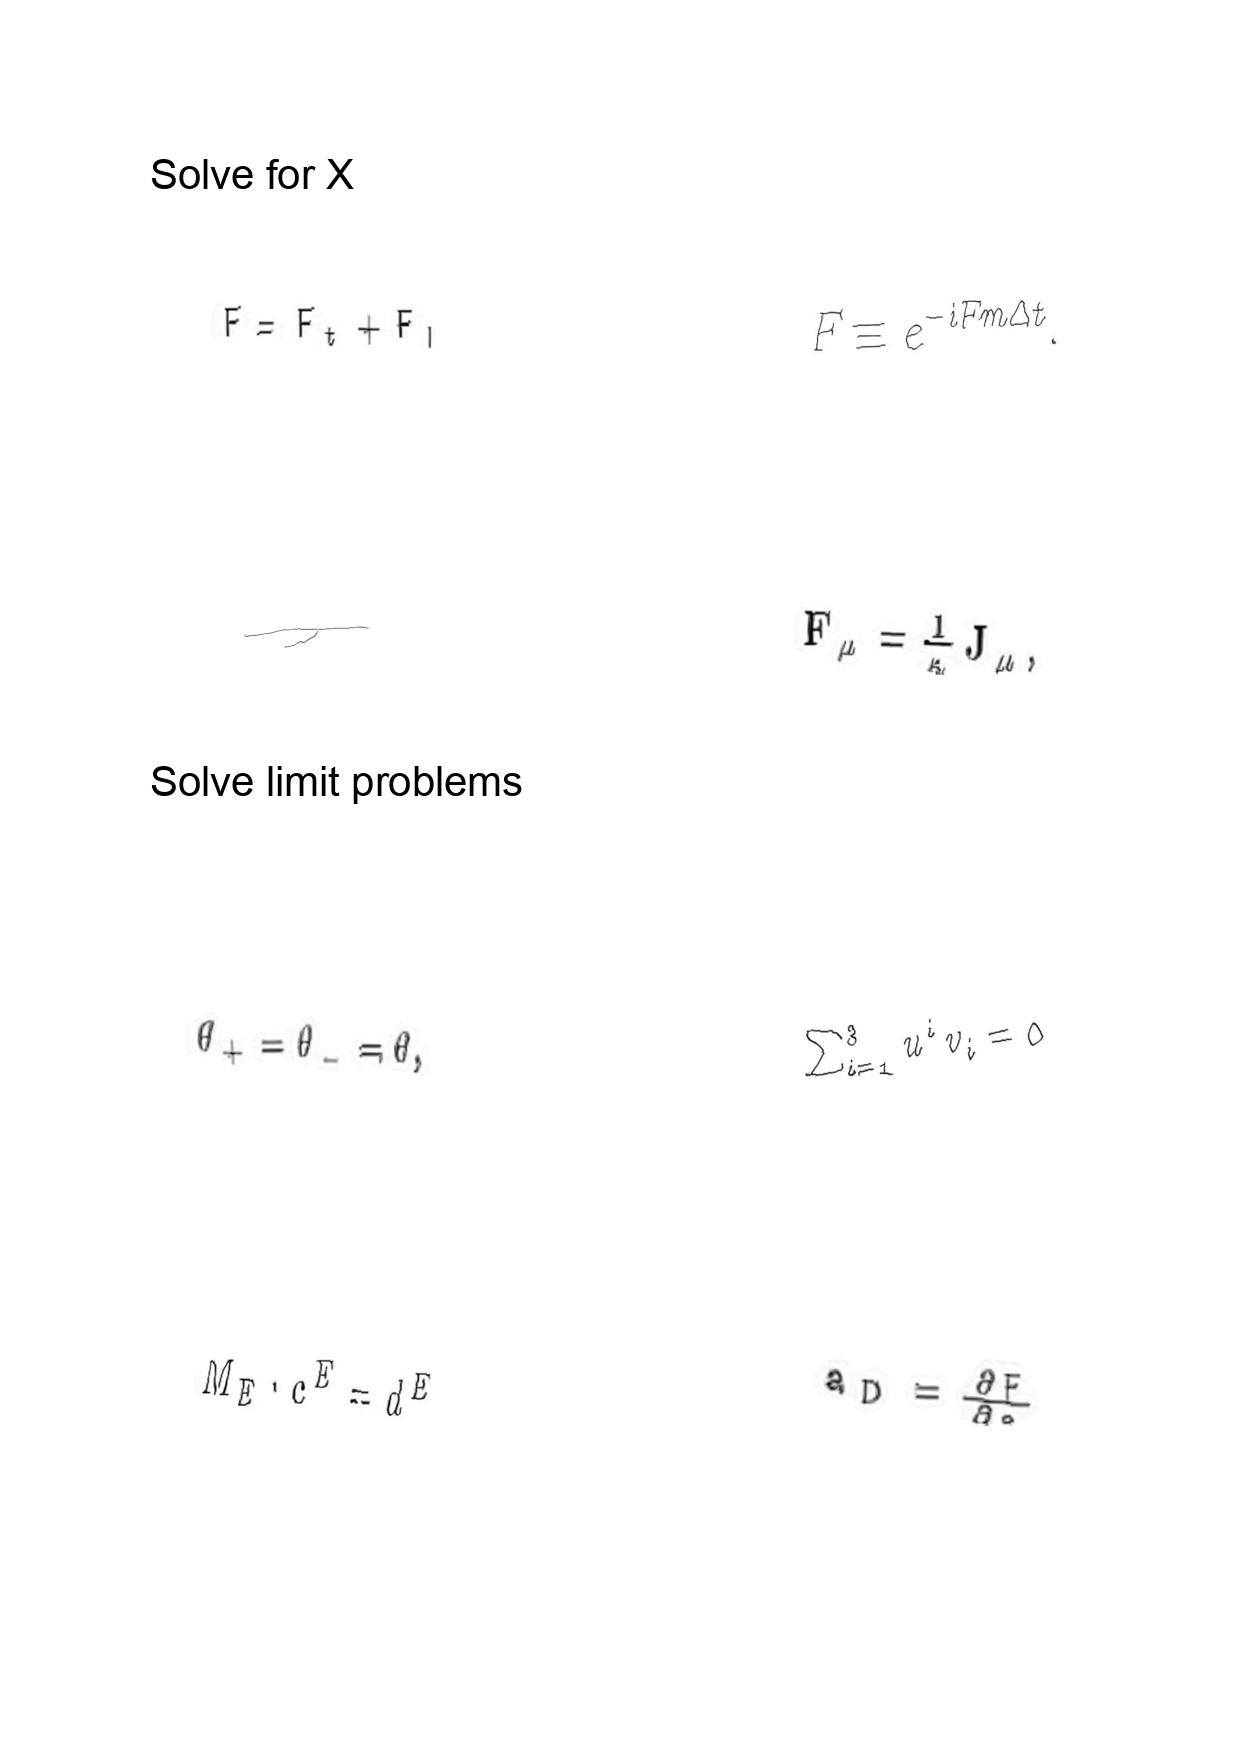
LaTeX transcription:
F = F _ { t } + F _ { l }
\tau
\theta _ { + } = \theta _ { - } = \theta ,
M _ { E } \cdot c ^ { E } = d ^ { E }
F \equiv e ^ { - i F m \Delta t } .
F _ { \mu } = \frac { 1 } { \kappa } J _ { \mu } ,
\sum _ { i = 1 } ^ { 3 } u ^ { i } v _ { i } = 0
a _ { D } = \frac { \partial F } { \partial a }